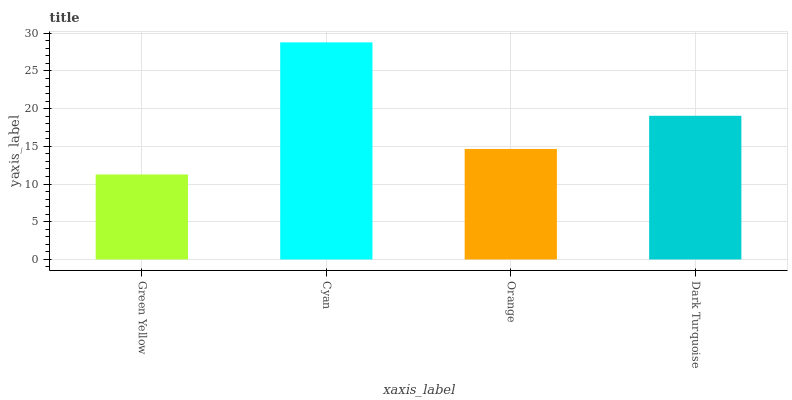
| xaxis_label | bars |
 | --- | --- |
 | Green Yellow | 11.3 |
 | Cyan | 28.8 |
 | Orange | 14.7 |
 | Dark Turquoise | 19.1 |